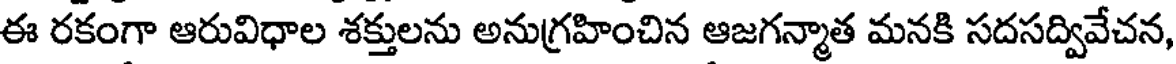
ఈ రకంగా ఆరువిధాల శక్తులను అనుగ్రహించిన ఆజగన్మాత మనకి సదసద్వివేచన,